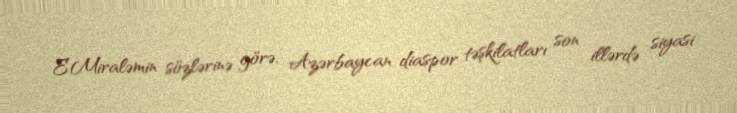
E.Miraləmin sözlərinə görə, Azərbaycan diaspor təşkilatları son illərdə siyasi